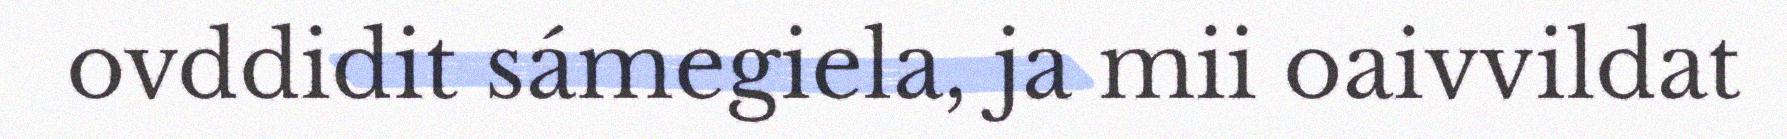
ovddidit sámegiela, ja mii oaivvildat